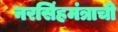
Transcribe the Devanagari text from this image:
नरसिंहमंत्राची